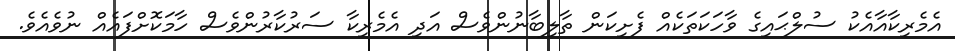
އެމެރިކާއާއެކު ސުލްޙައިގެ ވާހަކަތަކެއް ފެށިކަން ތާލިބާނުންވެސް އަދި އެމެރިކާ ސަރުކާރުންވެސް ހާމަކޮށްފައެއް ނުވެއެވެ.